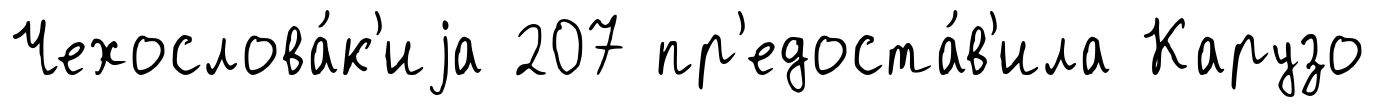
Чехослова́к'иjа 207 пр'едоста́в'ила Карузо